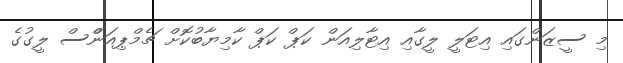
މި ސީޒަންގައި އިޓަލީ ލީގާއި އިޓާލިއަން ކަޕް ކަޕް ކާމިޔާބުކޮށް ޗެމްޕިއަންްސް ލީގުގެ